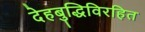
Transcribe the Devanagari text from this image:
देहबुद्धिविरहित